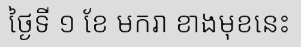
ថ្ងៃទី ១ ខែ មករា ខាងមុខនេះ